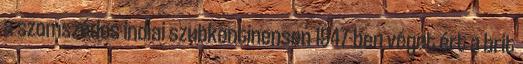
a szomszédos indiai szubkontinensen 1947-ben véget ért a brit